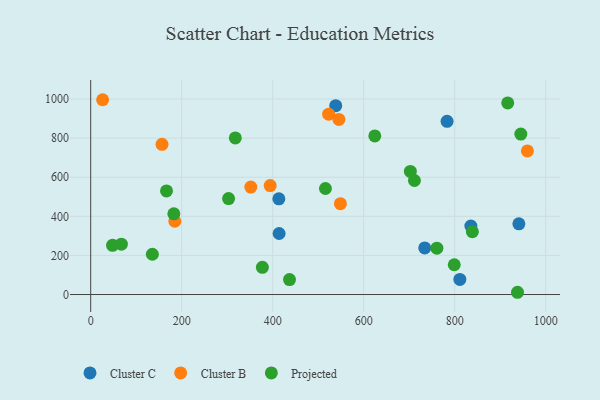
{"axis": {"x": "Speed", "y": "Fuel Efficiency"}, "legend": ["Cluster B", "Cluster C", "Projected"], "data": [{"x": "941.0", "y": 361.5, "type": "Cluster C"}, {"x": "783.2", "y": 886.1, "type": "Cluster C"}, {"x": "835.5", "y": 350.3, "type": "Cluster C"}, {"x": "734.1", "y": 238.2, "type": "Cluster C"}, {"x": "414.1", "y": 312.1, "type": "Cluster C"}, {"x": "538.5", "y": 966.2, "type": "Cluster C"}, {"x": "413.5", "y": 489.5, "type": "Cluster C"}, {"x": "811.3", "y": 77.2, "type": "Cluster C"}, {"x": "26.2", "y": 996.4, "type": "Cluster B"}, {"x": "156.7", "y": 768.3, "type": "Cluster B"}, {"x": "545.4", "y": 895.6, "type": "Cluster B"}, {"x": "522.9", "y": 922.4, "type": "Cluster B"}, {"x": "351.9", "y": 549.5, "type": "Cluster B"}, {"x": "548.8", "y": 464.6, "type": "Cluster B"}, {"x": "959.7", "y": 734.3, "type": "Cluster B"}, {"x": "394.5", "y": 557.4, "type": "Cluster B"}, {"x": "184.9", "y": 374.8, "type": "Cluster B"}, {"x": "916.5", "y": 980.1, "type": "Projected"}, {"x": "945.3", "y": 820.5, "type": "Projected"}, {"x": "135.5", "y": 206.0, "type": "Projected"}, {"x": "303.0", "y": 490.8, "type": "Projected"}, {"x": "760.8", "y": 237.1, "type": "Projected"}, {"x": "799.0", "y": 152.4, "type": "Projected"}, {"x": "48.0", "y": 251.8, "type": "Projected"}, {"x": "515.9", "y": 542.3, "type": "Projected"}, {"x": "182.7", "y": 412.7, "type": "Projected"}, {"x": "624.4", "y": 811.0, "type": "Projected"}, {"x": "938.0", "y": 11.5, "type": "Projected"}, {"x": "317.8", "y": 800.9, "type": "Projected"}, {"x": "67.4", "y": 257.4, "type": "Projected"}, {"x": "436.9", "y": 76.5, "type": "Projected"}, {"x": "711.5", "y": 583.2, "type": "Projected"}, {"x": "377.3", "y": 139.1, "type": "Projected"}, {"x": "166.6", "y": 530.1, "type": "Projected"}, {"x": "702.5", "y": 629.7, "type": "Projected"}, {"x": "838.8", "y": 321.3, "type": "Projected"}]}